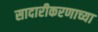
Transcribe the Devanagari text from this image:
सादारीकरणाच्या